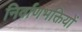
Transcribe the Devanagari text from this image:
निर्वाणभक्तियों